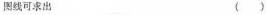
图线可求出（）